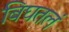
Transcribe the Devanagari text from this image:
बिघतलं